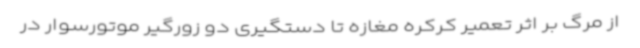
از مرگ بر اثر تعمیر کرکره مغازه تا دستگیری دو زورگیر موتورسوار در